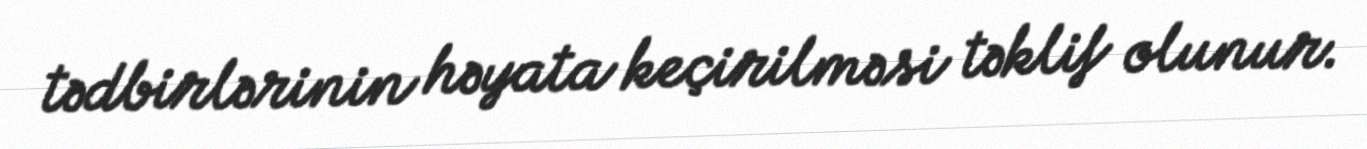
tədbirlərinin həyata keçirilməsi təklif olunur.